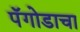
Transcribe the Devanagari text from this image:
पॅगोडाचा